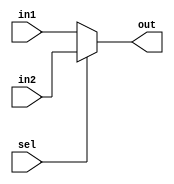
module Mux2To1(in1, in2, sel, out);
    parameter N = 25;

    input [N-1:0] in1, in2;
    input sel;
    output [N-1:0] out;

    assign out = sel ? in2 : in1;
endmodule

module Mux5To1(in1, in2, in3, in4, in5, sel, out);
    parameter N = 5;

    input [N-1:0] in1, in2, in3, in4, in5;
    input [2:0] sel;
    output [N-1:0] out;

    assign out = 
    sel==3'b000 ? in1 :
    sel==3'b001 ? in2 : 
    sel==3'b010 ? in3 : 
    sel==3'b011 ? in4 : 
    in5;
endmodule